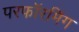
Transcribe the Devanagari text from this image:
परफॉरमिंग